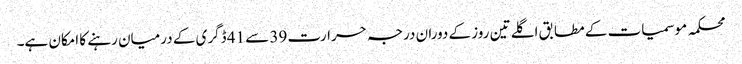
محکمہ موسمیات کے مطابق اگلے تین روز کے دوران درجہ حرارت 39 سے 41 ڈگری کے درمیان رہنے کا امکان ہے۔